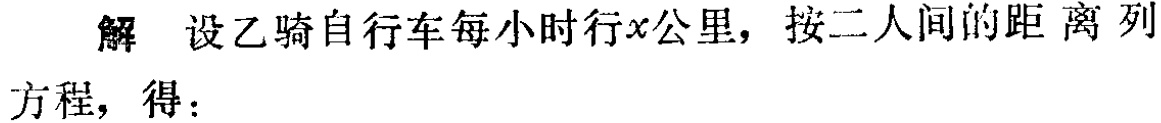
解 设乙骑自行车每小时行\(x\)公里，按二人间的距离列方程，得：